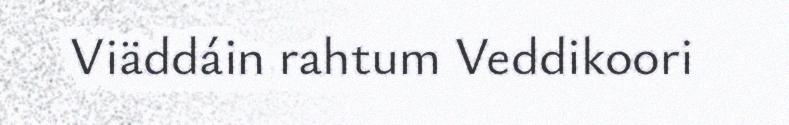
Viäddáin rahtum Veddikoori